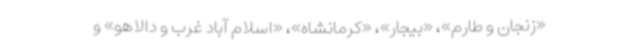
«زنجان و طارم»، «بیجار»، «کرمانشاه»، «اسلام آباد غرب و دالاهو» و